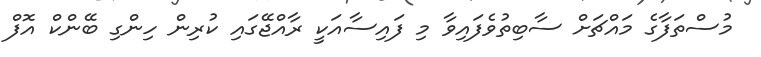
މުސްތަފާގެ މައްޗަށް ސާބިތުވެފައިވާ މި ފައިސާއަކީ ރާއްޖޭގައި ކުރިން ހިންގި ބޭންކް އޮފް